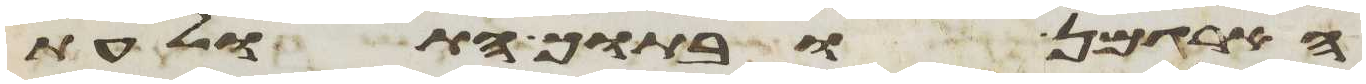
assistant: הארגמן ובתוך התולעת